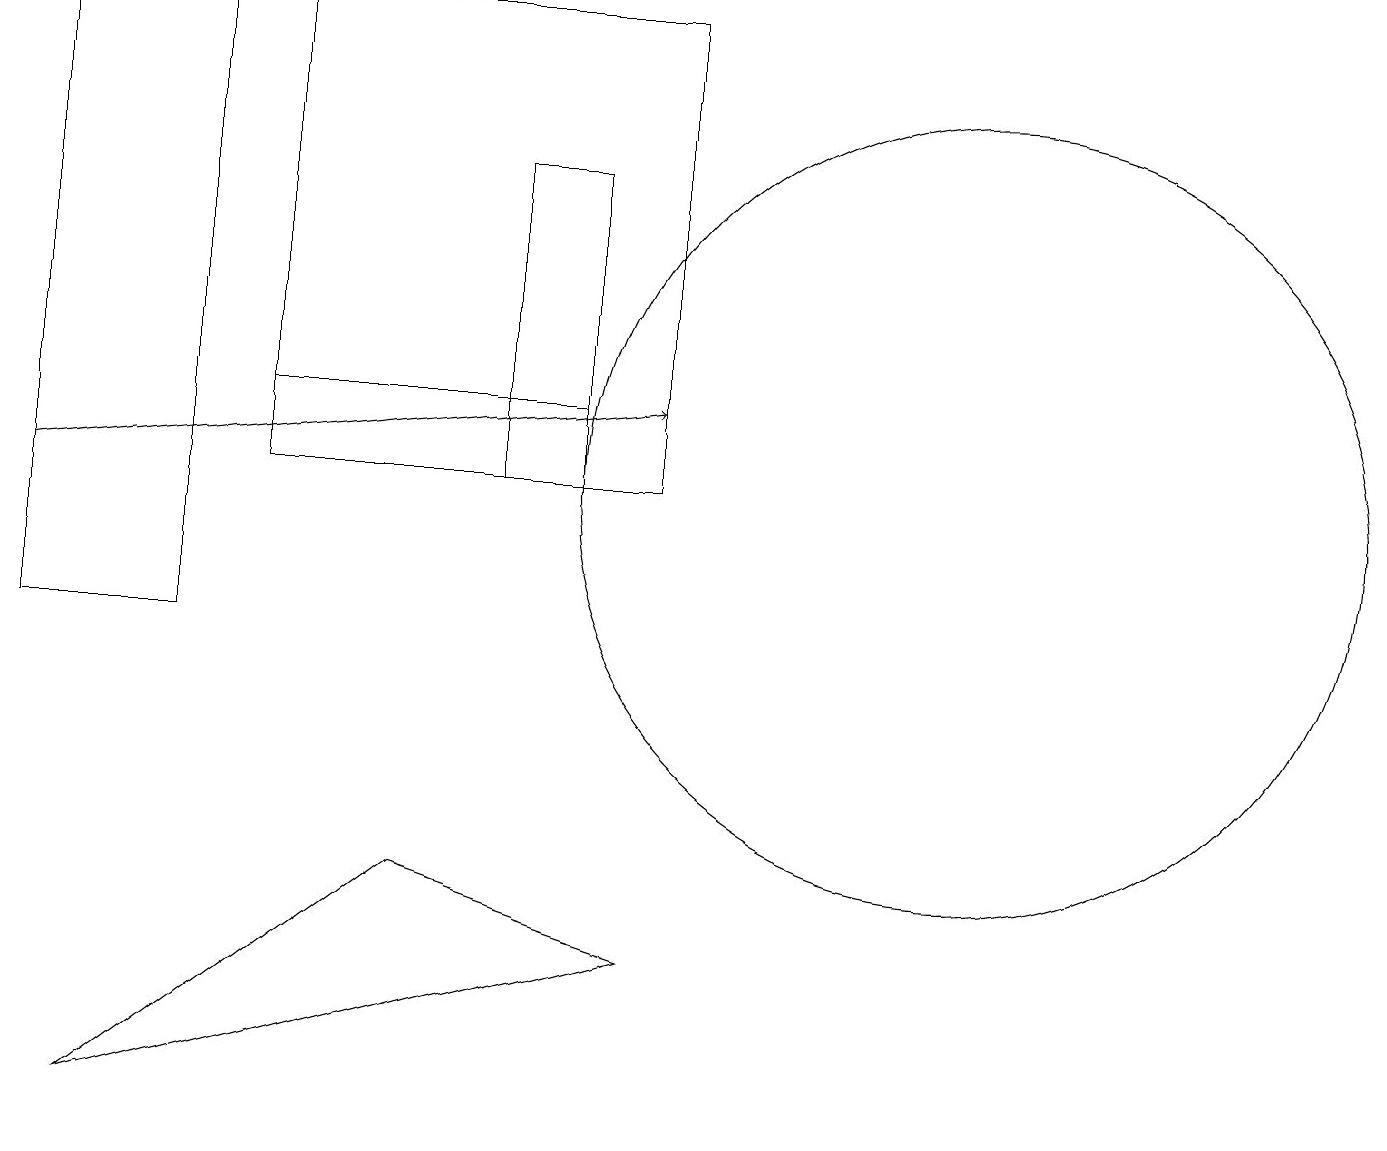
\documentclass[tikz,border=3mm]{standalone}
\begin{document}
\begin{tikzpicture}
\draw (12,12) circle (5);
\draw (7,13) rectangle (3,12);
\draw (0,10) rectangle (2,18);
\draw (6,12) rectangle (7,16);
\draw (8,6) -- (1,4) -- (5,7) -- cycle;
\draw (8,12) rectangle (3,18);
\draw[->] (0,12) -- (8,13);
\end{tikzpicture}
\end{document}